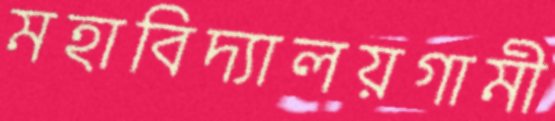
মহাবিদ্যালয়গামী